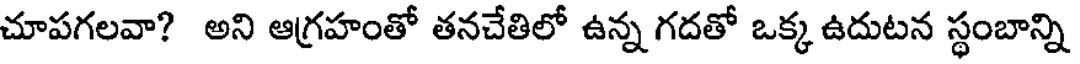
చూపగలవా? అని ఆగ్రహంతో తనచేతిలో ఉన్న గదతో ఒక్క ఉదుటన స్థంబాన్ని